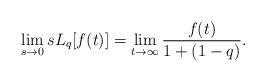
LaTeX: \begin{align*} \lim_{s \rightarrow 0} s L_{q}[f(t)] = \lim_{t \rightarrow \infty} \frac{f(t)}{1+(1-q)}. \end{align*}